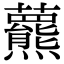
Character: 𧄾